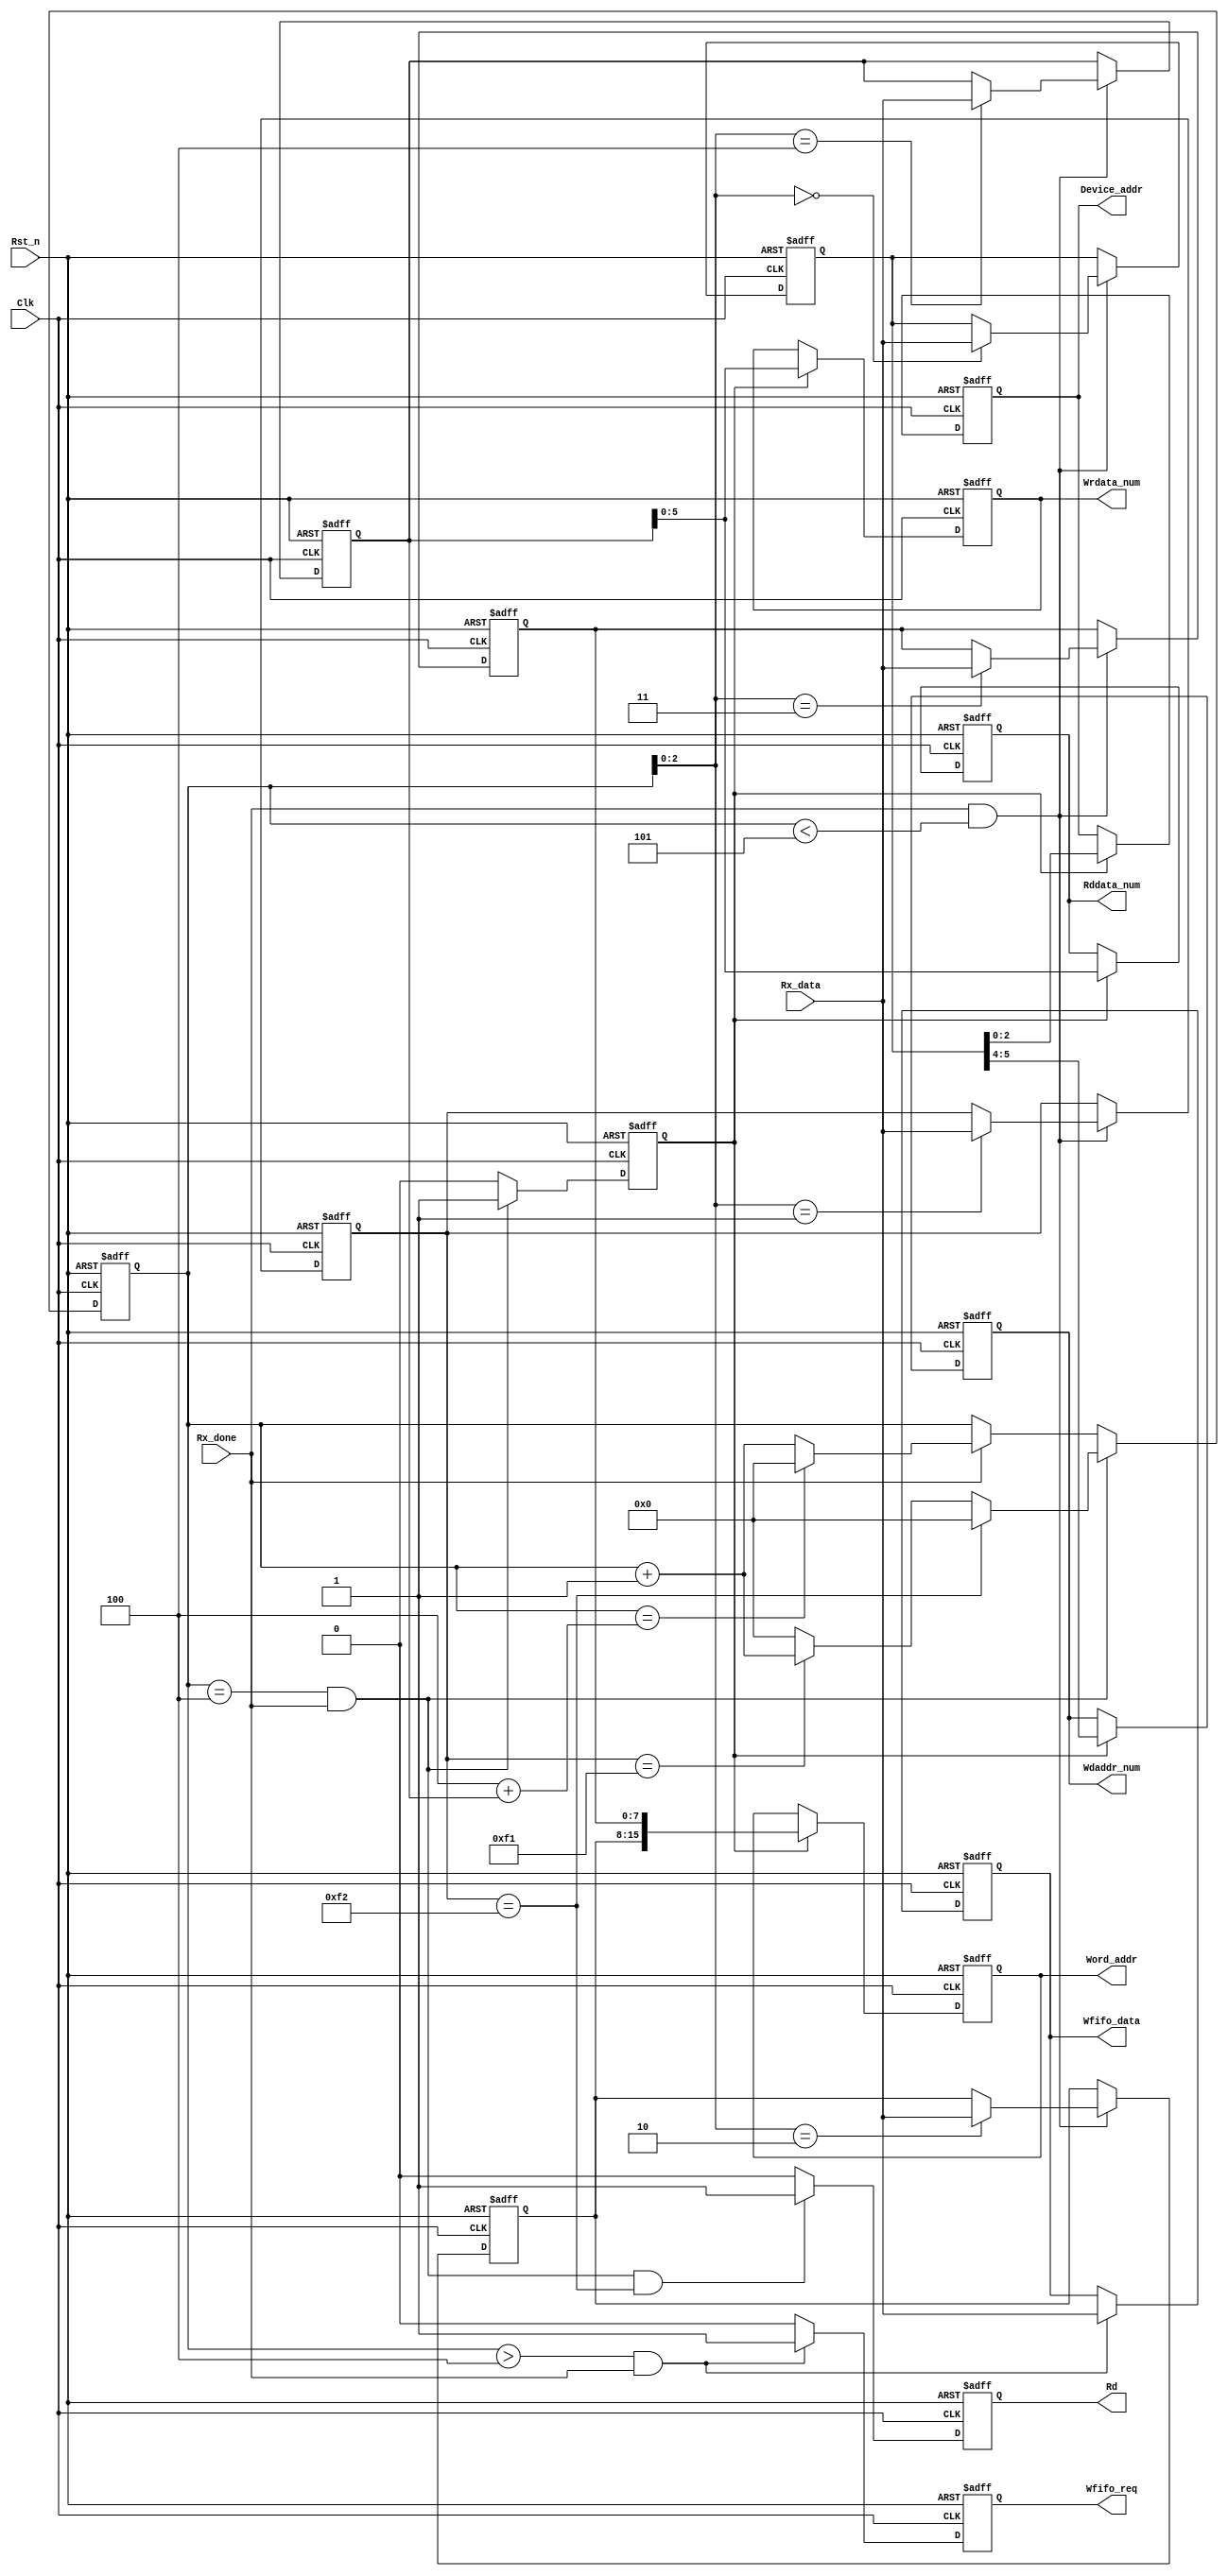
/***************************************************
*	Module Name		:	cmd_analysis		   
*	Engineer	   	:	
*	Target Device	:	EP4CE10F17C8
*	Tool versions	:	Quartus II 13.0
*	Revision		   :	v1.0
*	Description		:  
**************************************************/
module cmd_analysis(
	Clk,
	Rst_n,

	Rx_done,
	Rx_data,

	Wfifo_req,
	Wfifo_data,

	Rddata_num,
	Wrdata_num,
	Wdaddr_num,
	Device_addr,
	Word_addr,
	Rd
);

	input            Clk;           //
	input            Rst_n;         //

	input            Rx_done;       //
	input[7:0]       Rx_data;       //

	output reg       Wfifo_req;     //fifo
	output reg[7:0]  Wfifo_data;    //fifo

	output reg[5:0]  Rddata_num;    //I2C 
	output reg[5:0]  Wrdata_num;    //I2C
	output reg[1:0]  Wdaddr_num;    //I2C
	output reg[2:0]  Device_addr;   //EEPROM
	output reg[15:0] Word_addr;     //EEPROM
	output reg       Rd;            //EEPROM
	
	reg [7:0]        buff_data[4:0];//

	//
	reg [7:0]byte_cnt;
	always@(posedge Clk or negedge Rst_n)
	begin
		if(!Rst_n)
			byte_cnt <= 8'd0;
		else if(Rx_done && byte_cnt==8'd4)begin
			if(buff_data[1]==8'hf2)      //
				byte_cnt <= 8'd0;
			else if(buff_data[1]==8'hf1) //
				byte_cnt <= byte_cnt + 8'd1;
			else
				byte_cnt <= 8'd0;         //
		end			
		else if(Rx_done)begin
			if(byte_cnt == 8'd4 + buff_data[4])
				byte_cnt <= 8'd0;
			else
				byte_cnt <= byte_cnt + 8'd1;
		end
		else
			byte_cnt <= byte_cnt;
	end

	//	
	always@(posedge Clk or negedge Rst_n)
	begin
		if(!Rst_n)begin
			buff_data[0] <= 8'h00;
			buff_data[1] <= 8'h00;
			buff_data[2] <= 8'h00;
			buff_data[3] <= 8'h00;
			buff_data[4] <= 8'h00;
		end
		else if(Rx_done && byte_cnt<5)
			buff_data[byte_cnt] <= Rx_data;
		else
			;
	end

	//fifoWfifo_req
	always@(posedge Clk or negedge Rst_n)
	begin
		if(!Rst_n)
			Wfifo_req <= 1'b0;
		else if(byte_cnt >8'd4 && Rx_done)
			Wfifo_req <= 1'b1;
		else
			Wfifo_req <= 1'b0;
	end

	//fifoWfifo_data
	always@(posedge Clk or negedge Rst_n)
	begin
		if(!Rst_n)
			Wfifo_data <= 8'd0;
		else if(byte_cnt > 8'd4 && Rx_done)
			Wfifo_data <= Rx_data;
		else
			Wfifo_data <= Wfifo_data;
	end

	//EEPROMRd
	always@(posedge Clk or negedge Rst_n)
	begin
		if(!Rst_n)
			Rd <= 1'b0;
		else if(byte_cnt == 8'd4 && Rx_done
		        && buff_data[1]==8'hf2)
			Rd <= 1'b1;
		else
			Rd <= 1'b0;
	end

	//
	reg cmd_flag;
	always@(posedge Clk or negedge Rst_n)
	begin
		if(!Rst_n)
			cmd_flag <= 1'b0;
		else if((byte_cnt == 8'd4)&& Rx_done)
			cmd_flag <= 1'b1;
		else
			cmd_flag <= 1'b0;
	end

	//EEPROM
	always@(posedge Clk or negedge Rst_n)
	begin
		if(!Rst_n)begin
		   Rddata_num  <= 6'd0;
		   Wrdata_num  <= 6'd0;
		   Wdaddr_num  <= 2'd0;
		   Device_addr <= 3'd0;
		   Word_addr   <= 16'd0;
		end			
		else if(cmd_flag == 1'b1)begin
			Rddata_num  <= buff_data[4][5:0];
		   Wrdata_num  <= buff_data[4][5:0];
		   Wdaddr_num  <= buff_data[0][5:4];
		   Device_addr <= buff_data[0][2:0];
		   Word_addr   <= {buff_data[2],buff_data[3]};
		end
		else
			;
	end

endmodule